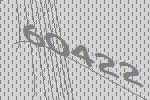
60422